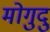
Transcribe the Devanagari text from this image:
मोगुदु